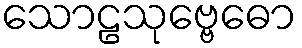
သောဠသုဗ္ဗေဓော